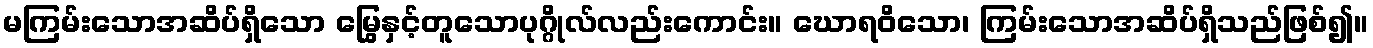
မကြမ်းသောအဆိပ်ရှိသော မြွေနှင့်တူသောပုဂ္ဂိုလ်လည်းကောင်း။ ဃောရဝိသော၊ ကြမ်းသောအဆိပ်ရှိသည်ဖြစ်၍။